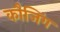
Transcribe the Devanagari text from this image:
कौजिंग